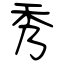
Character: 秀